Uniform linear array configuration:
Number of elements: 48
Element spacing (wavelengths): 0.25
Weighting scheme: uniform
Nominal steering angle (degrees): -60
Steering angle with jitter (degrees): -60.429
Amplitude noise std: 0.05
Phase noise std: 0.05

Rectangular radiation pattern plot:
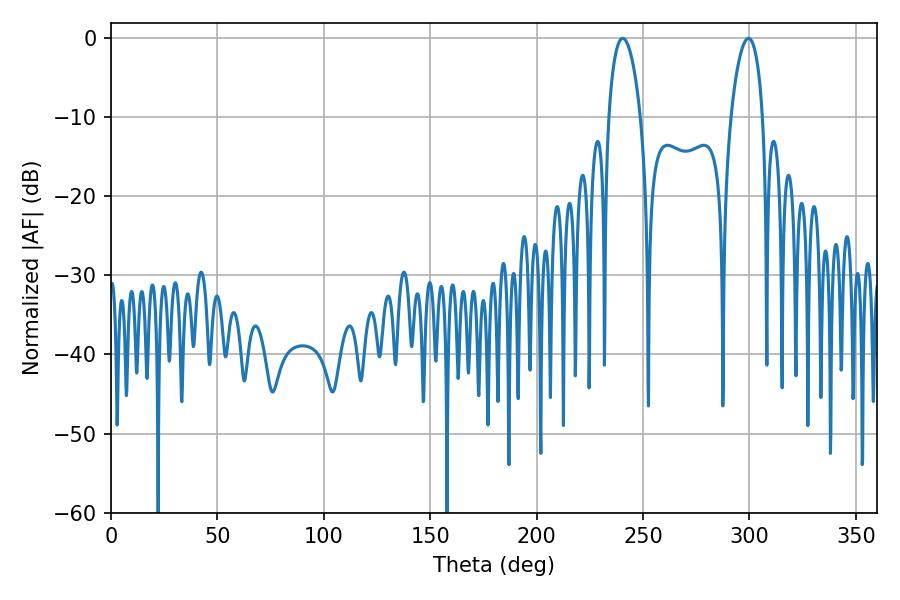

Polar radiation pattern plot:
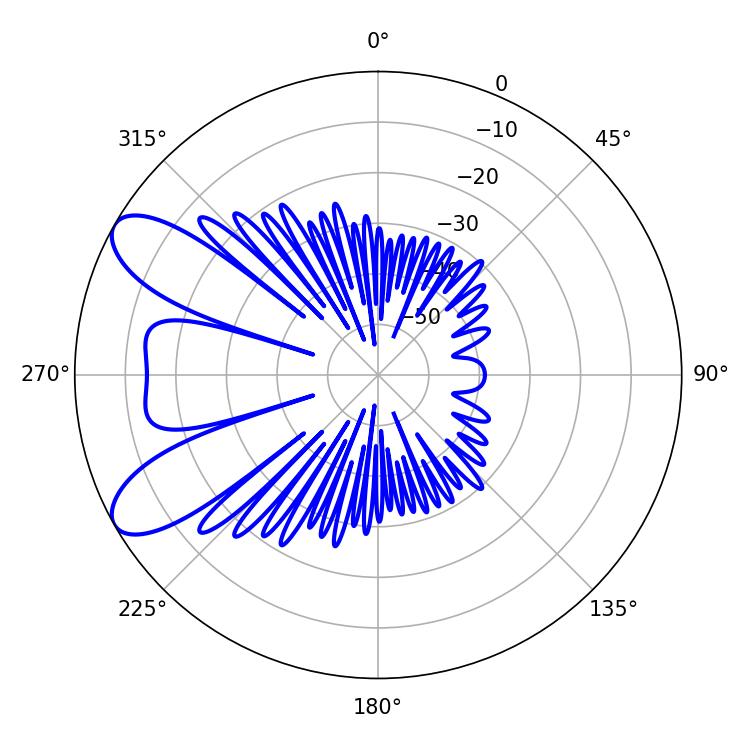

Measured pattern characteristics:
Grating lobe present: FALSE
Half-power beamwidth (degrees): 8.46
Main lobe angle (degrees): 240.48